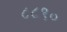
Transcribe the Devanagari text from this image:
८८९०